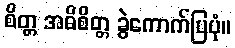
စိတ္တ အဓိစိတ္တ ခွဲကောက်ပြပုံ။